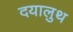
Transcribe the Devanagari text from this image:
दयालुथ